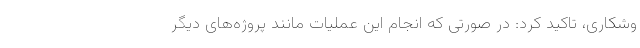
وشکاری، تاکید کرد: در صورتی که انجام این عملیات مانند پروژه‌های دیگر